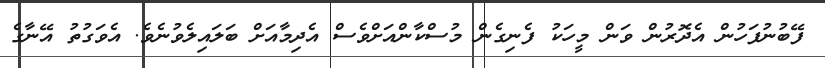
ފޭބުނުފަހުން އެދޮރުން ވަން މީހަކު ފެނިގެން މުސްކާންއަށްވެސް އެދިމާއަށް ބަލައިލެވުނެވެ. އެވަގުތު އޭނާގެ